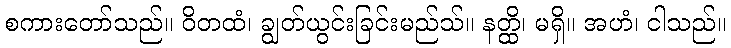
စကားတော်သည်။ ဝိတထံ၊ ချွတ်ယွင်းခြင်းမည်သ်။ နတ္ထိ၊ မရှိ။ အဟံ၊ ငါသည်။